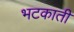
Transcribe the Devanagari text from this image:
भटकाती